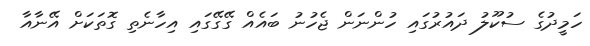
ހަމީދުގެ ސުކޫލު ދައުރުގައި ހުންނަން ޖެހުނު ބައެއް ގޭގޭގައި އިހާނެތި ގޮތަކަށް އޭނާއާ